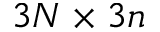
3 N \times 3 n